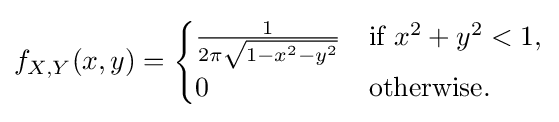
f_{X,Y}(x,y)={\begin{cases}{\frac {1}{2\pi {\sqrt {1-x^{2}-y^{2}}}}}&{\text{if }}x^{2}+y^{2}<1,\\0&{\text{otherwise}}.\end{cases}}